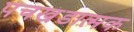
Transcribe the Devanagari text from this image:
पंचखंडात्मक